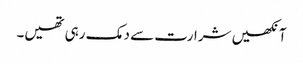
آنکھیں شرارت سے دمک رہی تھیں۔